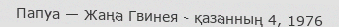
Папуа — Жаңа Гвинея - қазанның 4, 1976